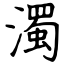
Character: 濁